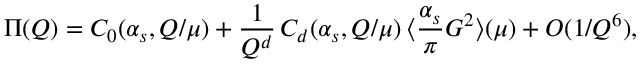
\Pi ( Q ) = C _ { 0 } ( \alpha _ { s } , Q / \mu ) + \frac { 1 } { Q ^ { d } } \, C _ { d } ( \alpha _ { s } , Q / \mu ) \, \langle \frac { \alpha _ { s } } { \pi } G ^ { 2 } \rangle ( \mu ) + O ( 1 / Q ^ { 6 } ) ,